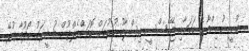
ނޫނީ ނުނިންމާނެ ކަމަށާއި ޖޭއެސްސީ އިސްލާހު ކުރުމަށް ކޮމަންވެލްތުން މުޝީރަކު ހޯދުމާ ގުޅޭ